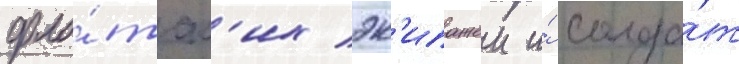
фло́тск'их эк'ипажеи и́ солда́т